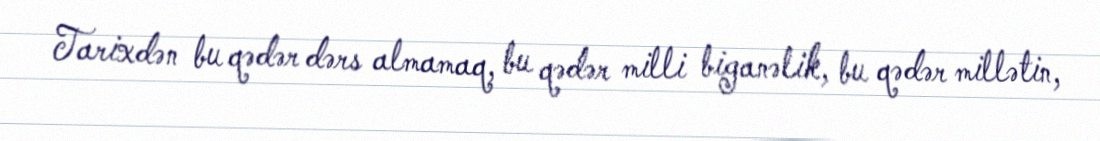
Tarixdən bu qədər dərs almamaq, bu qədər milli biganəlik, bu qədər millətin,